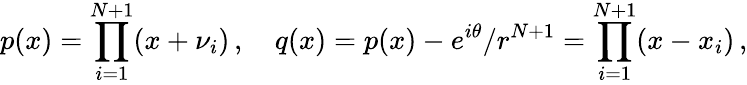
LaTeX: p(x)=\prod_{i=1}^{N+1}(x+\nu_{i})\, ,\quad q(x)=p(x)-e^{i\theta}/r^{N+1}=\prod_{i=1}^{N+1}(x-x_{i})\, ,